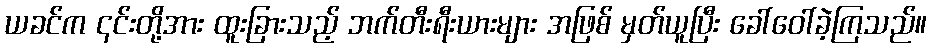
ယခင်က ၎င်းတို့အား ထူးခြားသည့် ဘက်တီးရီးယားများ အဖြစ် မှတ်ယူပြီး ခေါ်ဝေါ်ခဲ့ကြသည်။